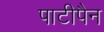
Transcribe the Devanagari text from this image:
पाटीपैन